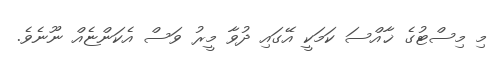
މި މިސްޓުގެ ޚާއްސަ ކަމަކީ އޭގައި ދުވާ މީރު ވަސް އެކަންޏެއް ނޫނެވެ.